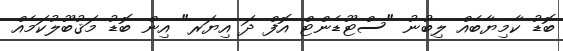
ބޮޑު ކާމިޔާބެއް ލިބުނު "ސްޓޫޑެންޓް އޮފް ދަ އިޔަރ" އިން ބޮޑު މަޤުބޫލުކަމެއް